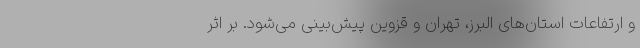
و ارتفاعات استان‌های البرز، تهران و قزوین پیش‌بینی می‌شود. بر اثر